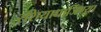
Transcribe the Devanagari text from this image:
रशियाधार्जिण्या